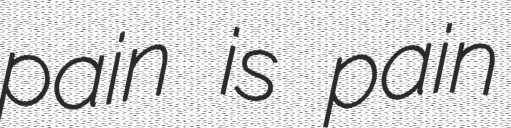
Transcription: pain is pain